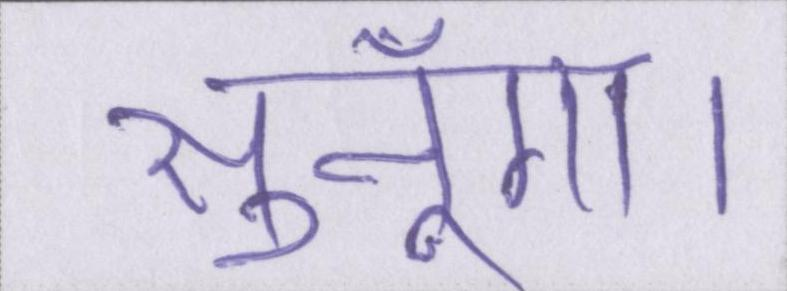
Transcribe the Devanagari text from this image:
सुनूँगा।